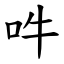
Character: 吽